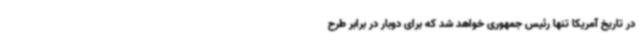
در تاریخ آمریکا تنها رئیس جمهوری خواهد شد که برای دوبار در برابر طرح